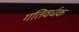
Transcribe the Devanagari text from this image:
गतिवर्धक